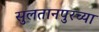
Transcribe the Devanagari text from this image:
सुलतानपुरच्या